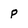
Character: p